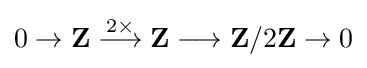
0\to \mathbf {Z} \mathrel {\overset {2\times }{\longrightarrow }} \mathbf {Z} \longrightarrow \mathbf {Z} /2\mathbf {Z} \to 0